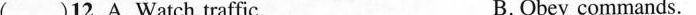
( )12.A. Watch traffic. B.Obey commands.